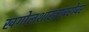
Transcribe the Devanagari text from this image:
खगोलशास्त्रांबरोबर